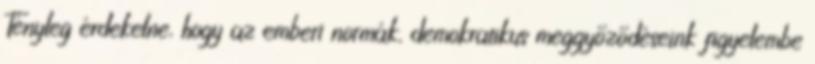
Tényleg érdekelne, hogy az emberi normák, demokratikus meggyőződéseink figyelembe